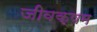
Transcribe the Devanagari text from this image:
जीवक्षम